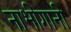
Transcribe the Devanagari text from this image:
नाभीगानी